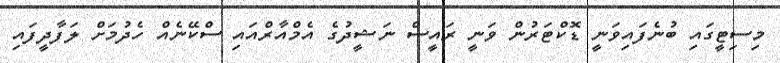
މިސިޓީގައި ބުނެފައިވަނީ ޑޮކްޓަރުން ވަނީ ރައީސް ނަޝީދުގެ އެމްއާރްއައި ސްކޭނެއް ހެދުމަށް ލަފާދީފައި